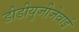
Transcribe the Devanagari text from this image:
डीडीयूजीजेवाई